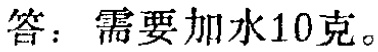
答：需要加水10克。